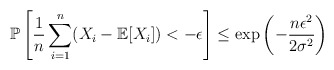
\begin{align*} \mathbb P\left[\frac1n \sum_{i=1}^n (X_i - \mathbb E[X_i]) < -\epsilon\right]\le \exp\left(-\frac{n\epsilon^2}{2\sigma^2}\right) \end{align*}